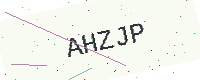
Text: AHZJP